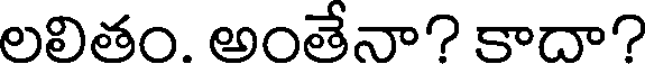
లలితం. అంతేనా? కాదా?